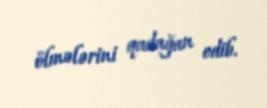
ölmələrini qadağan edib.